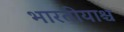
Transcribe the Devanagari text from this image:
भारतीयाश्च